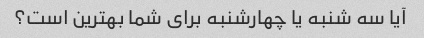
آیا سه شنبه یا چهارشنبه برای شما بهترین است؟